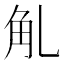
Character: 𧢳